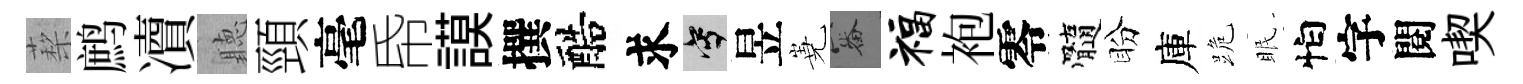
蔾鹧凟聽頸毫帋謨撰醅求寫昱嶤審福袍零髓盼庫跪眠怕字閱喫